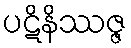
ပဋိနိဿဇ္ဇ